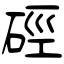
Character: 硜